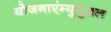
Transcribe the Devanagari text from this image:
योजनाएंम्युचुअल